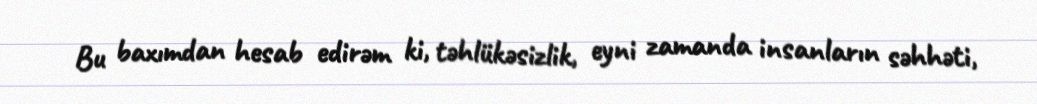
Bu baxımdan hesab edirəm ki, təhlükəsizlik, eyni zamanda insanların səhhəti,